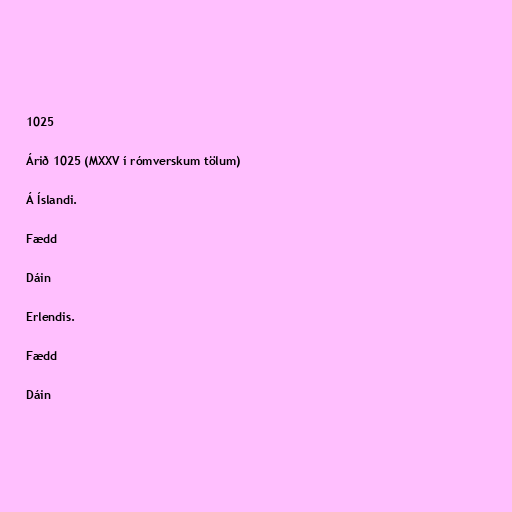
1025

Árið 1025 (MXXV í rómverskum tölum)

Á Íslandi.

Fædd

Dáin

Erlendis.

Fædd

Dáin